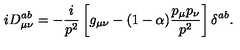
i D _ { \mu \nu } ^ { a b } = - \frac i { p ^ { 2 } } \left[ g _ { \mu \nu } - ( 1 - \alpha ) \frac { p _ { \mu } p _ { \nu } } { p ^ { 2 } } \right] \delta ^ { a b } .